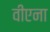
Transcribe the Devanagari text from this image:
वीएना